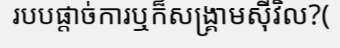
របបផ្តាច់ការឬក៏សង្គ្រាមស៊ីវិល?(